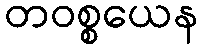
တဝစ္စယေန